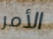
الأمر